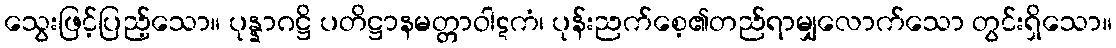
သွေးဖြင့်ပြည့်သော။ ပုန္နာဂဋ္ဌိ ပတိဋ္ဌာနမတ္တာဝါဋကံ၊ ပုန်းညက်စေ့၏တည်ရာမျှလောက်သော တွင်းရှိသော။